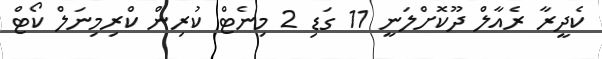
ކެދީރާ ރެއާލް ދޫކޮށްލަނީ 11 ގަޑި 2 މިނެޓް ކުރިން ކްރިމިނަލް ކޯޓް